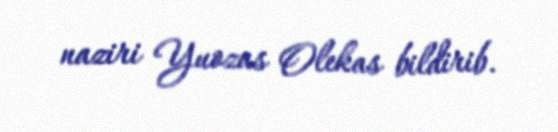
naziri Yuozas Olekas bildirib.